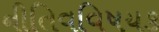
નીતિવવિષયક